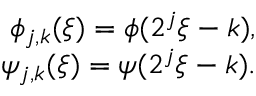
\begin{array} { r } { \phi _ { j , k } ( \xi ) = \phi ( 2 ^ { j } \xi - k ) , } \\ { \psi _ { j , k } ( \xi ) = \psi ( 2 ^ { j } \xi - k ) . } \end{array}